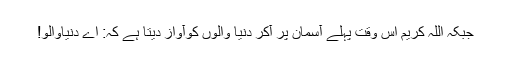
جبکہ اللہ کریم اس وقت پہلے آسمان پر آکر دنیا والوں کوآواز دیتا ہے کہ: اے دنیاوالو!